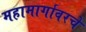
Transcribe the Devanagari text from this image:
महामार्गावरचे